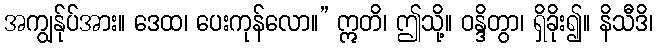
အကျွန်ုပ်အား။ ဒေထ၊ ပေးကုန်လော။” ဣတိ၊ ဤသို့။ ဝန္ဒိတွာ၊ ရှိခိုး၍။ နိသီဒိ၊